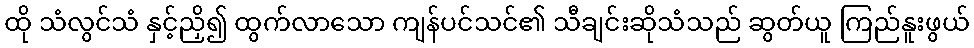
ထို သံလွင်သံ နှင့်ညှိ၍ ထွက်လာသော ကျန်ပင်သင်၏ သီချင်းဆိုသံသည် ဆွတ်ယူ ကြည်နူးဖွယ်